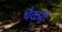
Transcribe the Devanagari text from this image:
थैकरी